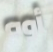
أوه